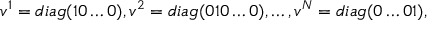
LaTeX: v ^ { 1 } = d i a g ( 1 0 \ldots 0 ) , v ^ { 2 } = d i a g ( 0 1 0 \ldots 0 ) , \ldots , v ^ { N } = d i a g ( 0 \ldots 0 1 ) ,